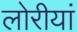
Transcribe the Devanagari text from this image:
लोरीयां